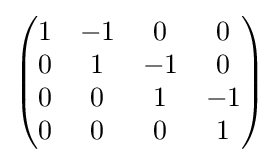
{\begin{pmatrix}1&-1&0&0\\0&1&-1&0\\0&0&1&-1\\0&0&0&1\end{pmatrix}}